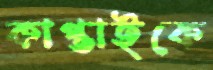
কাপ্তাইকে